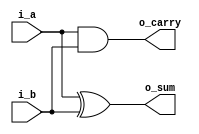
module ha (
    input   wire        i_a,
    input   wire        i_b,
    output  wire        o_sum,
    output  wire        o_carry
);

/*
a b s c
0 0 0 0
0 1 1 0
1 0 1 0
1 1 0 1
*/
assign o_sum = i_a ^ i_b;
assign o_carry = i_a & i_b;

endmodule